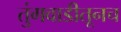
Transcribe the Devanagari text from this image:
तुंगवाडीतूनच